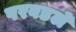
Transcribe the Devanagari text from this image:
परवडले